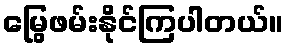
မြွေဖမ်းနိုင်ကြပါတယ်။